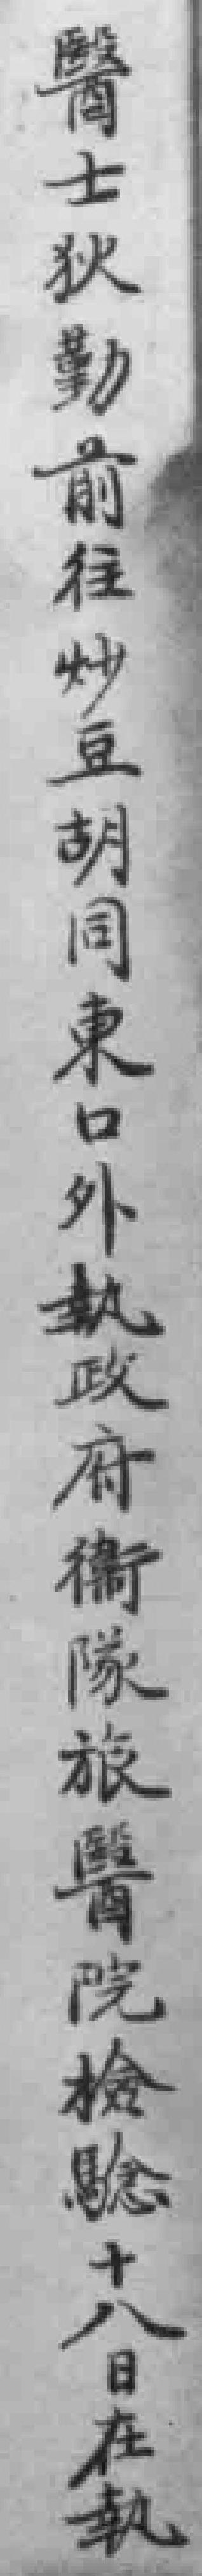
醫士狄勤前往炒豆胡同東口外執政府衞隊旅醫院檢騐十八日在執